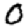
Digit: 0